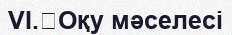
VI.	Оқу мәселесі